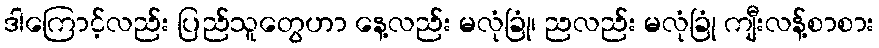
ဒါကြောင့်လည်း ပြည်သူတွေဟာ နေ့လည်း မလုံခြုံ၊ ညလည်း မလုံခြုံ ကျီးလန့်စာစား